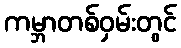
ကမ္ဘာတစ်ဝှမ်းတွင်